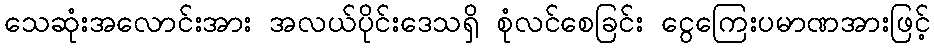
သေဆုံးအလောင်းအား အလယ်ပိုင်းဒေသရှိ စုံလင်စေခြင်း ငွေကြေးပမာဏအားဖြင့်